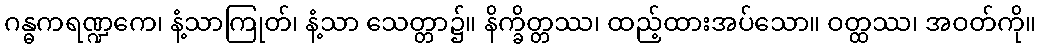
ဂန္ဓကရဏ္ဍကေ၊ နံ့သာကြုတ်၊ နံ့သာ သေတ္တာ၌။ နိက္ခိတ္တဿ၊ ထည့်ထားအပ်သော။ ဝတ္ထဿ၊ အဝတ်ကို။